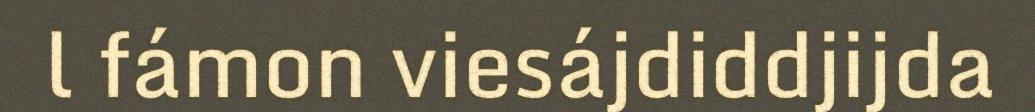
l fámon viesájdiddjijda